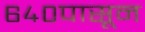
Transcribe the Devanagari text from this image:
६४०पासून